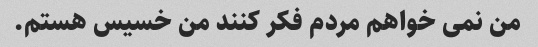
من نمی خواهم مردم فکر کنند من خسیس هستم.